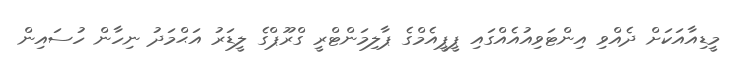
މީޑިއާއަކަށް ދެއްވި އިންޓަވިއުއެއްގައި ޕީޕީއެމްގެ ޕާލިމަންޓްރީ ގްރޫޕްގެ ލީޑަރު އަޙްމަދު ނިހާން ހުސައިން